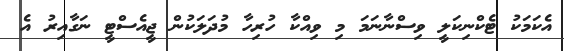
އެކަމަކު ޓެކްނިކަލީ ވިސްނާނަމަ މި ވިއްކާ ހުރިހާ މުދަލަކުން ޖީއެސްޓީ ނަގާއިރު އެ